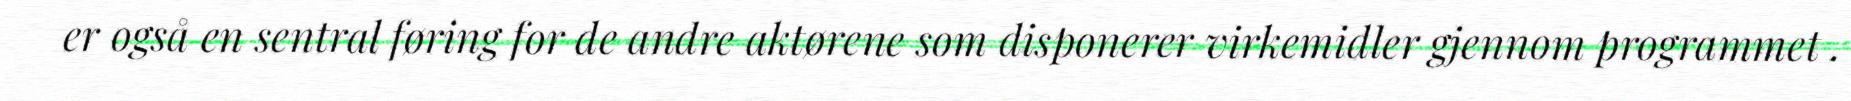
er også en sentral føring for de andre aktørene som disponerer virkemidler gjennom programmet .